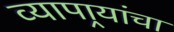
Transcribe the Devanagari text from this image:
व्यापार्‍यांचा